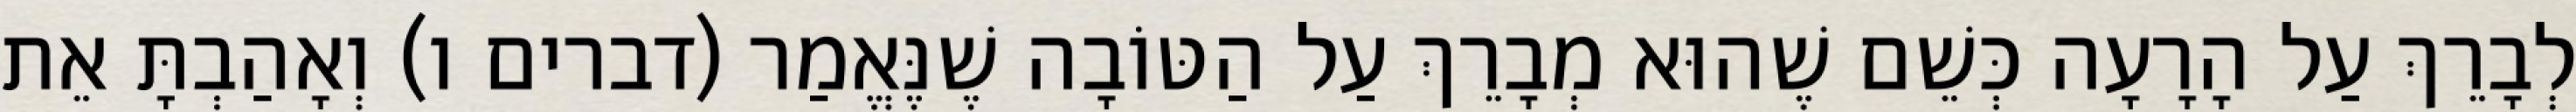
לְבָרֵךְ עַל הָרָעָה כְּשֵׁם שֶׁהוּא מְבָרֵךְ עַל הַטּוֹבָה שֶׁנֶּאֱמַר (דברים ו) וְאָהַבְתָּ אֵת